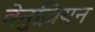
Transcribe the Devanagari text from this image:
वेनुज़ियन